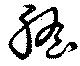
膽